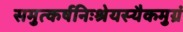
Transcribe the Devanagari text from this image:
समुत्कर्षनिःश्रेयस्यैकमुग्रं